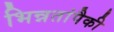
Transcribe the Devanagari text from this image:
भिन्नतांपैकी